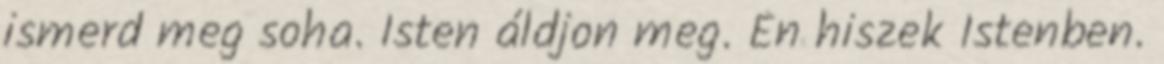
ismerd meg soha. Isten áldjon meg. Én hiszek Istenben.